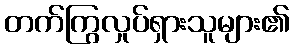
တက်ကြွလှုပ်ရှားသူများ၏